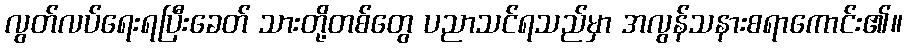
လွတ်လပ်ရေးရပြီးခေတ် သားတို့တစ်တွေ ပညာသင်ရသည်မှာ အလွန်သနားစရာကောင်း၏။